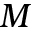
M